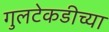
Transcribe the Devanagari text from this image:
गुलटेकडीच्या